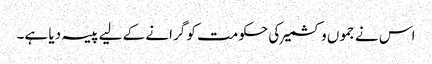
اس نے جموں و کشمیر کی حکومت کو گرانے کے لیے پیسہ دیا ہے۔